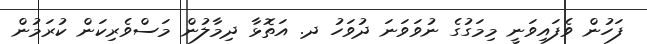
ފަހުން ވެފައިވަނީ މިމަގުގެ ނުވަވަނަ ދުވަހު ދ. އަތޮޅާ ދިމާލުން މަސްވެރިކަން ކުރަމުން